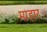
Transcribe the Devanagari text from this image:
माहार